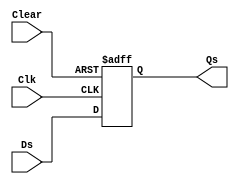
module StateRegister(input [0:9] Ds, input Clk, input Clear, output reg [0:9] Qs);
    initial Qs <= 10'b0;
    always @ (posedge Clk or posedge Clear)
    begin
      if(Clear)
      begin
        Qs <= 10'b000000000;
      end
      else
        Qs <= Ds;
    end
endmodule